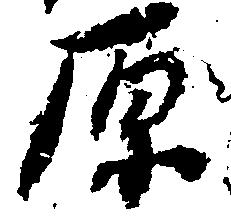
原